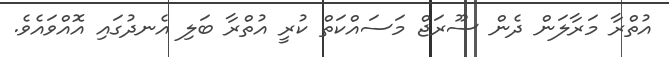
އުތްރާ މަރާލަން ދެން ސޫރަޖް މަސައްކަތް ކުރީ އުތްރާ ބަލި އެނދުުގައި އޮއްވައެވެ.